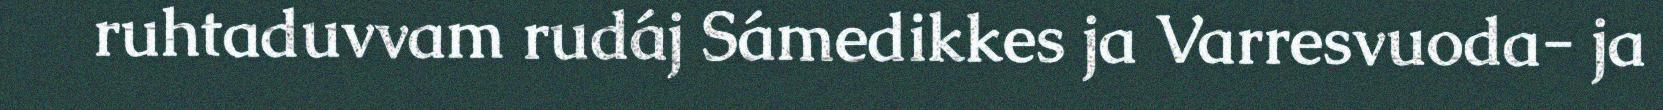
ruhtaduvvam rudáj Sámedikkes ja Varresvuoda- ja